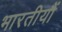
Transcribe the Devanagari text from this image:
भारतीयौं